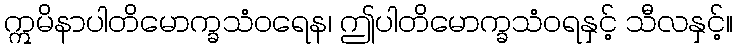
ဣမိနာပါတိမောက္ခသံဝရေန၊ ဤပါတိမောက္ခသံဝရနှင့် သီလနှင့်။